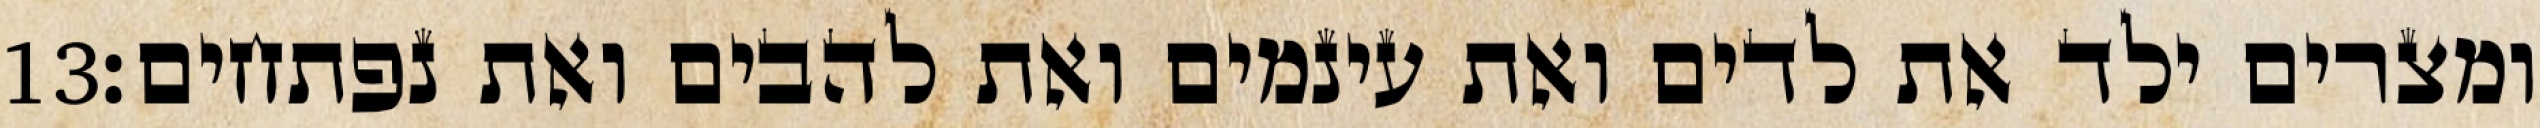
‎13‏ ומצרים ילד את לדים ואת עינמים ואת להבים ואת נפתחים׃